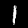
Label: 1